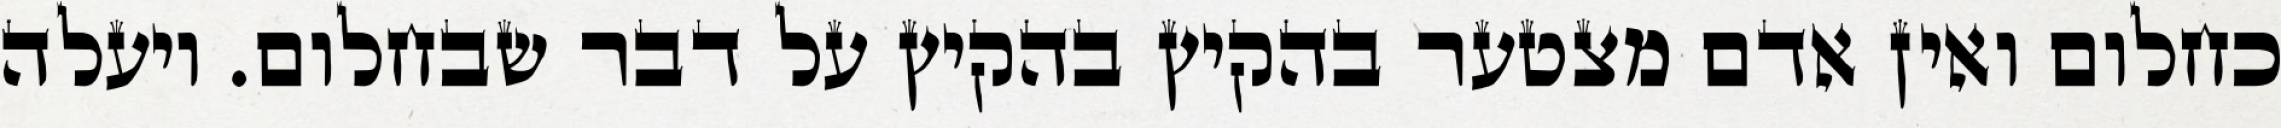
כחלום ואין אדם מצטער בהקיץ בהקיץ על דבר שבחלום. ויעלה